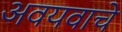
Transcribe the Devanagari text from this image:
अवयवाचे